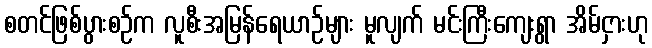
စတင်ဖြစ်ပွားစဉ်က လူစီးအမြန်ရေယာဉ်များ မူလျက် မင်းကြီးကျေးရွာ အိမ်ငှားဟု